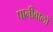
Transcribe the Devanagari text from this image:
पानीवालों